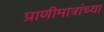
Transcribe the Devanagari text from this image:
प्राणीमात्रांच्या